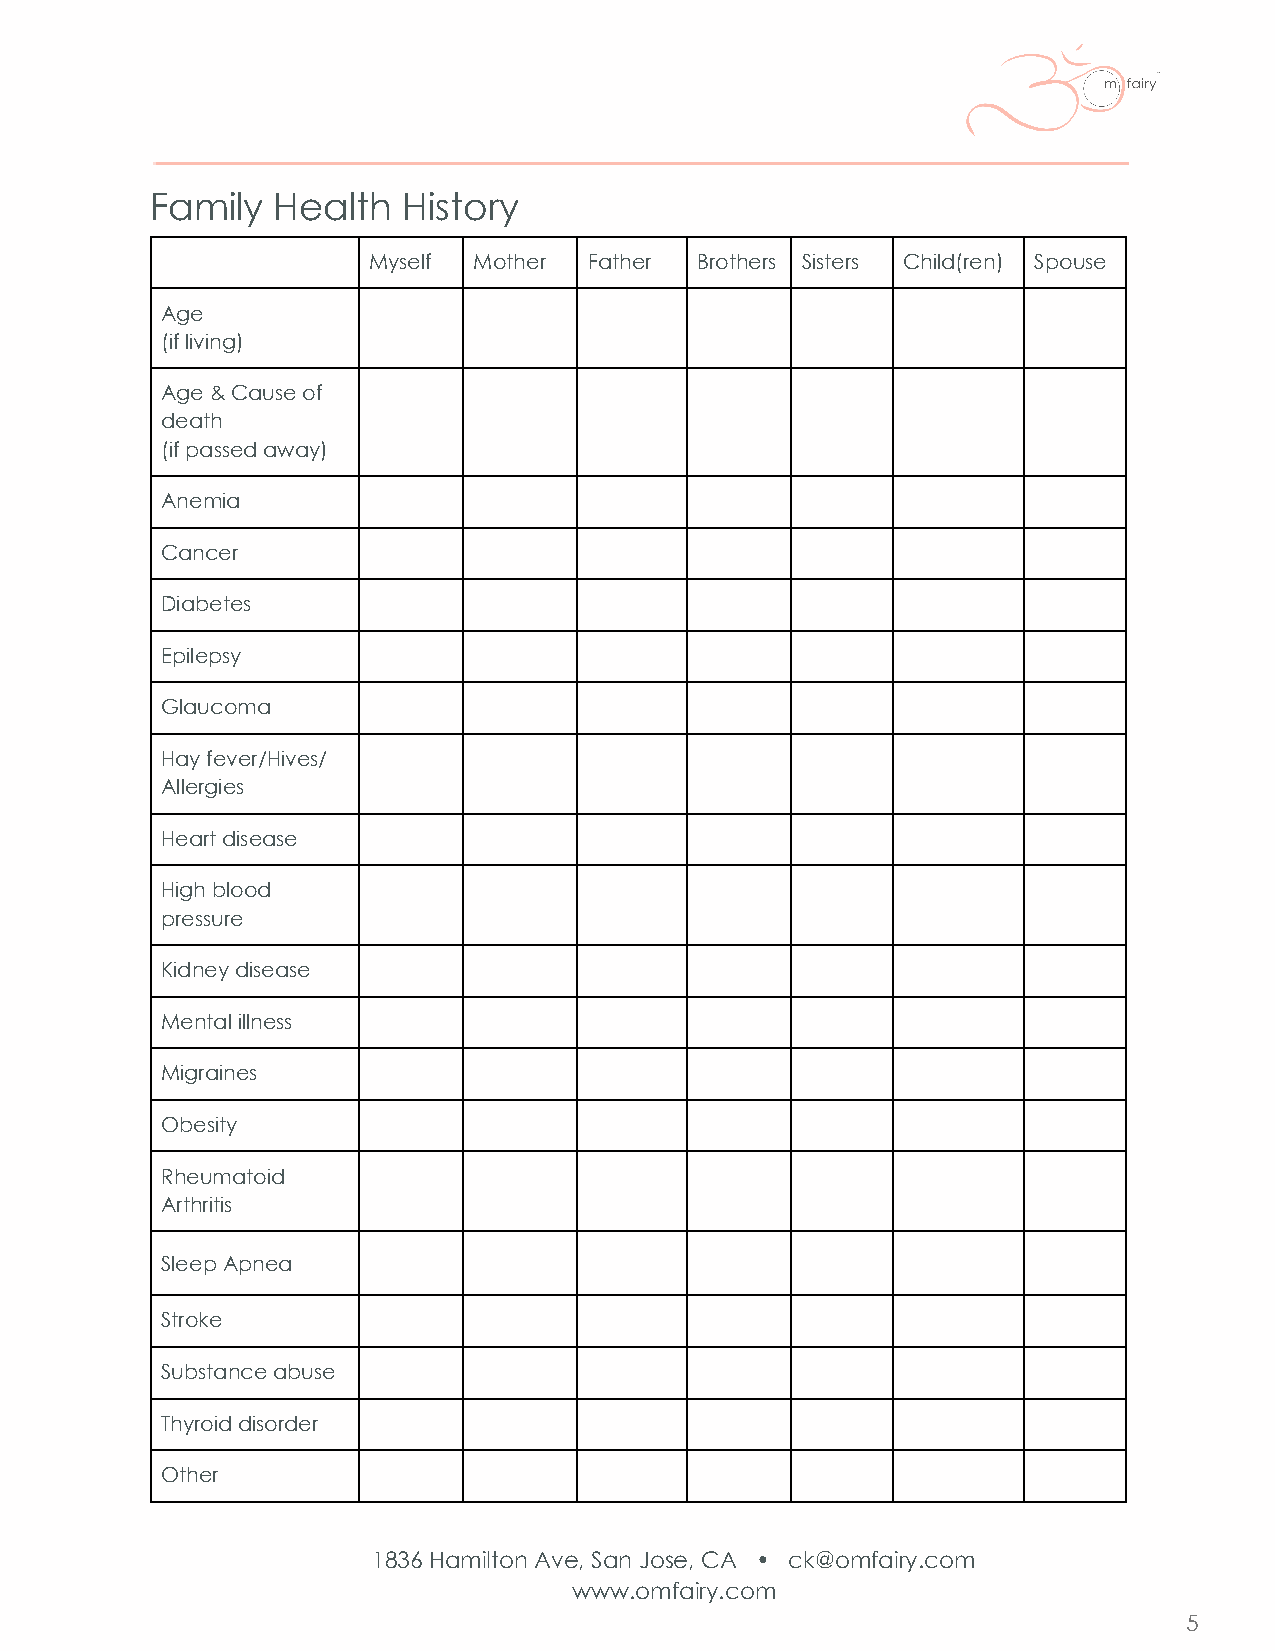
Family  Health   History
 Myself Mother  Father Brothers Sisters Child(ren) Spouse
 Age
 (if living)
 Age & Cause of
 death
 (if passed away)
 Anemia
 Cancer
 Diabetes
 Epilepsy
 Glaucoma
 Hay fever/Hives/
 Allergies
 Heart disease
 High blood
 pressure
 Kidney disease
 Mental illness
 Migraines
 Obesity
 Rheumatoid
 Arthritis
 Sleep Apnea
 Stroke
 Substance abuse
 Thyroid disorder
 Other
 1836 Hamilton Ave, San Jose, CA • ck@omfairy.com
 www.omfairy.com
 5